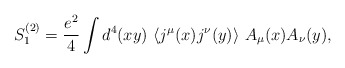
\begin{align*}S_{1}^{(2)}=\frac{e^{2}}{4}\int d^{4}(xy)~\langle j^{\mu}(x)j^{\nu}(y)\rangle~A_{\mu}(x)A_{\nu}(y),\end{align*}